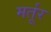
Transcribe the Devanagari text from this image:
मर्तूर